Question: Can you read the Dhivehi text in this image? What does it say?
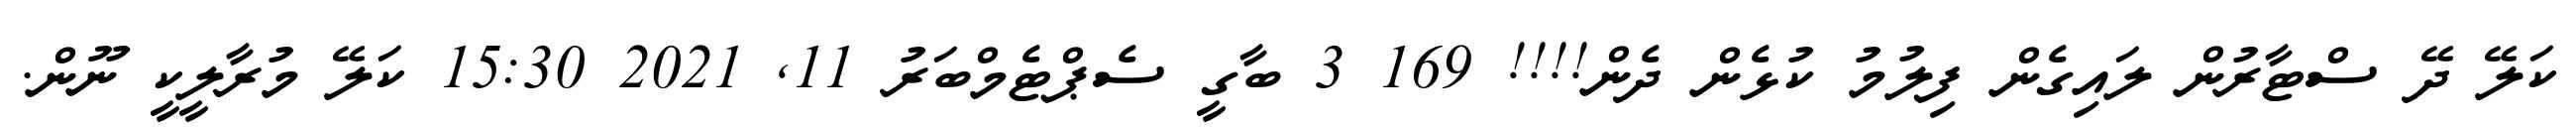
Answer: ކަލޭ ދޭ ސްޓާރުން ލައިގެން ފިލުމު ކުޅެން ދެން!!!! 169 3 ބާގީ ސެޕްޓެމްބަރު 11, 2021 15:30 ކަލޭ މުރާލީކީ ނޫން.